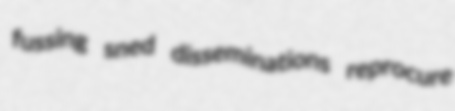
fussing sned disseminations reprocure